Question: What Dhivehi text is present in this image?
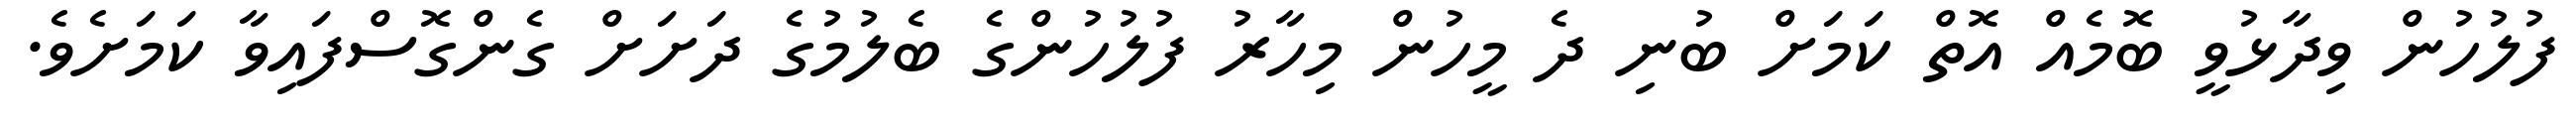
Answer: ފުލުހުން ވިދާޅުވީ ބޮމެއް އޮތް ކަމަށް ބުނި ދެ މީހުން މިހާރު ފުލުހުންގެ ބެލުމުގެ ދަށަށް ގެންގޮސްފައިވާ ކަމަށެވެ.